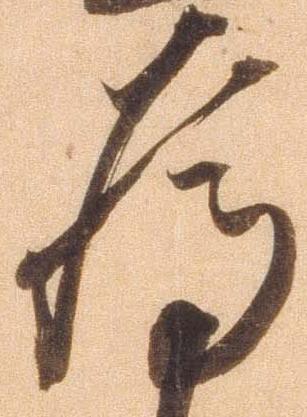
為